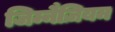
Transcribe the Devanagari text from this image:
जिम्नैज़ियम